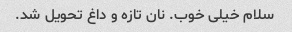
سلام خیلی خوب. نان تازه و داغ تحویل شد.